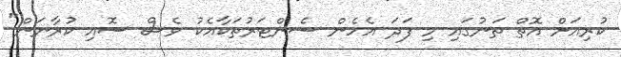
ކުރިއަށް އޮތް ތަނުގައި މި ފަދަ އެހެން ސެންޓަރުތަކާއެކު ވެސް ސޮއި ކުރާނަން"